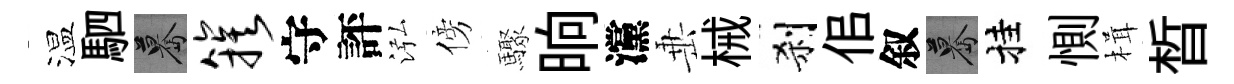
温駟驀簇守評泓傍驟晌灙𡸁械刹佀叙驀挂惻楫晳